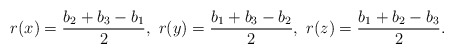
\begin{align*}r(x)=\frac{b_2+b_3-b_1}{2},\ r(y)=\frac{b_1+b_3-b_2}{2},\ r(z)=\frac{b_1+b_2-b_3}{2}.\end{align*}